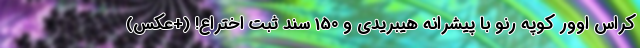
کراس اوور کوپه رنو با پیشرانه هیبریدی و 150 سند ثبت اختراع! (+عکس)